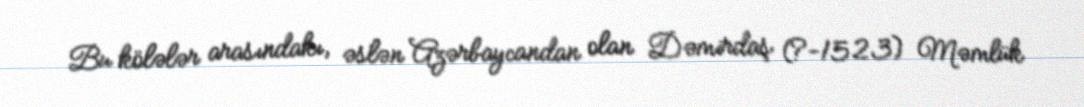
Bu kölələr arasındakı, əslən Azərbaycandan olan Dəmirdaş (?-1523) Məmlük